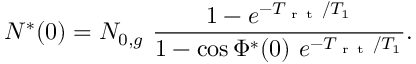
N ^ { * } ( 0 ) = N _ { 0 , g } \ \frac { 1 - e ^ { - T _ { \mathrm { ~ r ~ t ~ } } / T _ { 1 } } } { 1 - \cos \Phi ^ { * } ( 0 ) \ e ^ { - T _ { \mathrm { ~ r ~ t ~ } } / T _ { 1 } } } .